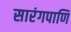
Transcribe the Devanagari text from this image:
सारंगपाणि